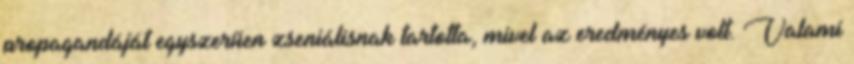
propagandáját egyszerűen zseniálisnak tartotta, mivel az eredményes volt. Valami